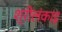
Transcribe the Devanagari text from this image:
श्रीलंकाइ